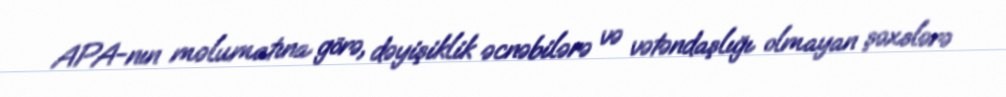
APA-nın məlumatına görə, dəyişiklik əcnəbilərə və vətəndaşlığı olmayan şəxslərə